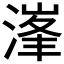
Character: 𣺿